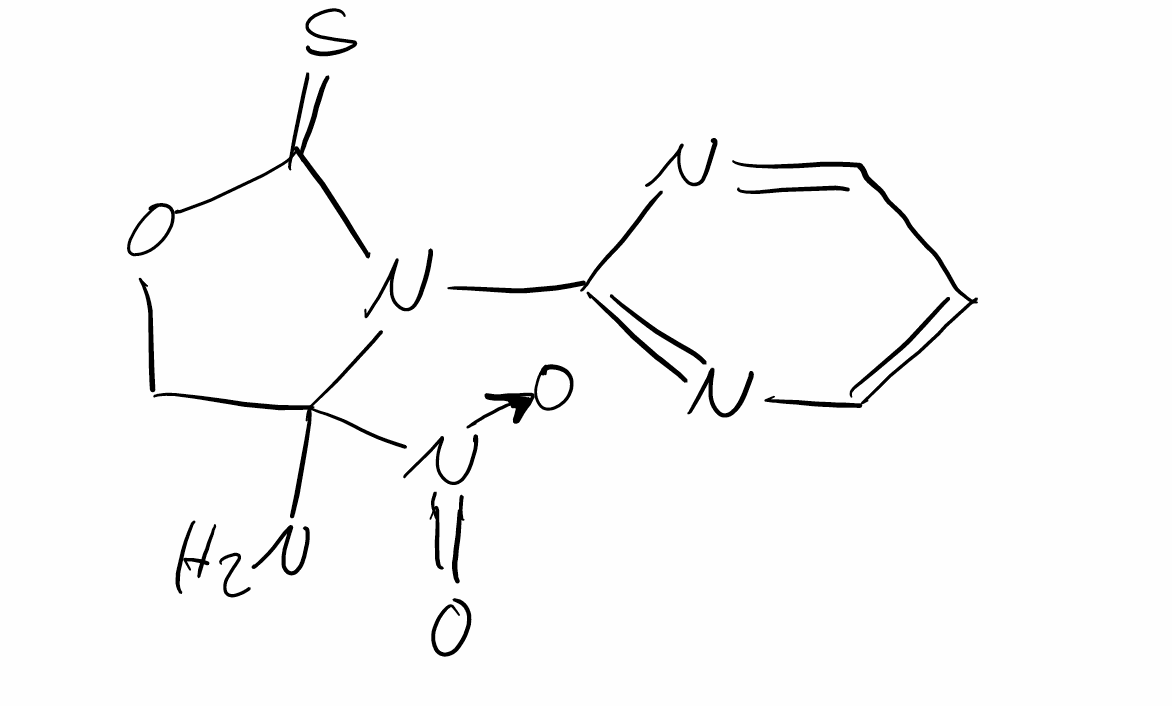
Simplified molecular-input line-entry system (SMILES) notation of the given molecule:
C1C(N(C(=S)O1)C2=NC=CC=N2)(N)[N+](=O)[O-]